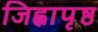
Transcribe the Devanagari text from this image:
जिह्वापृष्ठ